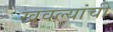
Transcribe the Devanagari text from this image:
खवल्यांची